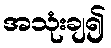
အသုံးချ၍